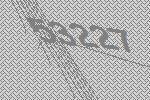
53227